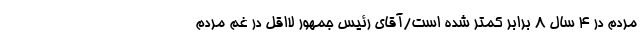
مردم در 4 سال 8 برابر کمتر شده است/آقای رئیس جمهور لااقل در غم مردم